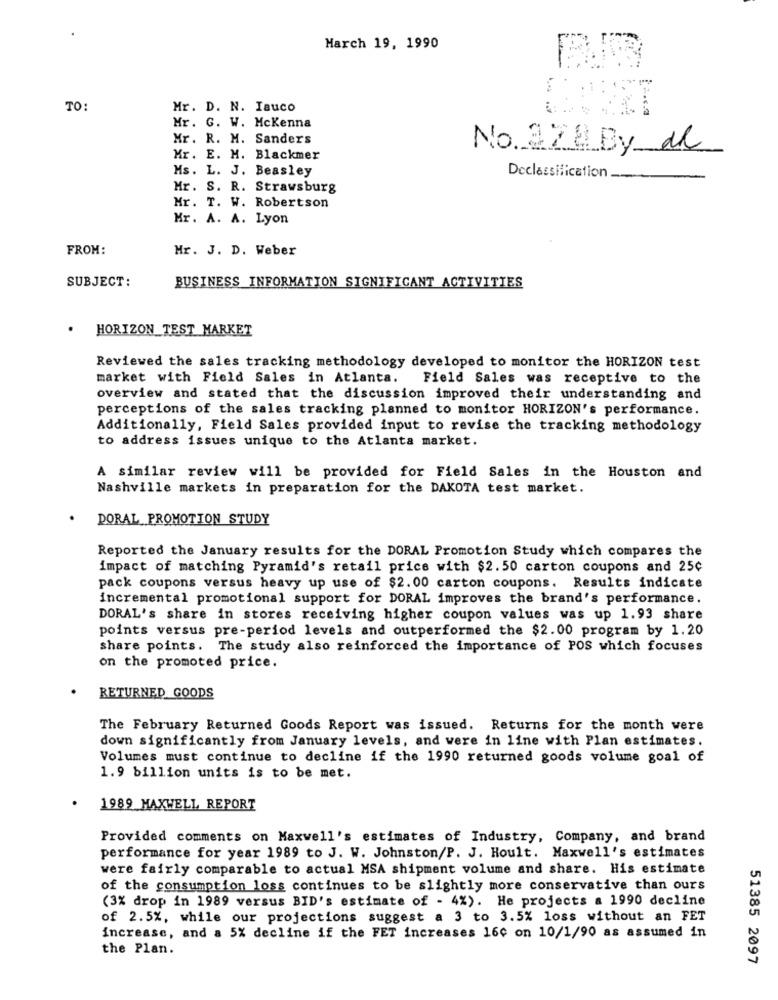
March 19, 1990
TO:
Mr. D. N. Iauco
Mr. G. W. Mckenna
Mr. R. M. Sanders
No 228 By Me
Mr. E. H. Blackmer
Ms. L. J. Beasley
Declassification
Mr. S. R. Strawsburg
Mr. T. W. Robertson
Mr. A. A. Lyon
FROM:
Mr. J. D. Weber
SUBJECT:
BUSINESS INFORMATION SIGNIFICANT ACTIVITIES
HORIZON_TEST MARKET
Reviewed the sales tracking methodology developed to monitor the HORIZON test
market with Field Sales in Atlanta.
Field Sales was receptive to the
overview and stated that the discussion improved their understanding and
perceptions of the sales tracking planned to monitor HORIZON's performance.
Additionally, Field Sales provided input to revise the tracking methodology
to address issues unique to the Atlanta market.
A similar review will be provided for Field Sales in the Houston and
Nashville markets in preparation for the DAKOTA test market.
DORAL PROMOTION STUDY
Reported the January results for the DORAL Promotion Study which compares the
impact of matching Pyramid's retail price with $2.50 carton coupons and 25¢
pack coupons versus heavy up use of $2.00 carton coupons. Results indicate
incremental promotional support for DORAL improves the brand's performance.
DORAL's share in stores receiving higher coupon values was up 1.93 share
points versus pre-period levels and outperformed the $2.00 program by 1.20
share points. The study also reinforced the importance of POS which focuses
on the promoted price.
RETURNED GOODS
The February Returned Goods Report was issued. Returns for the month were
down significantly from January levels, and were in line with Plan estimates.
Volumes must continue to decline if the 1990 returned goods volume goal of
1.9 billion units is to be met.
1989 MAXWELL REPORT
Provided comments on Maxwell's estimates of Industry, Company, and brand
performance for year 1989 to J. W. Johnston/P. J. Hoult. Maxwell's estimates
were fairly comparable to actual MSA shipment volume and share. His estimate
of the consumption loss continues to be slightly more conservative than ours
(3% drop in 1989 versus BID's estimate of - 4%). He projects a 1990 decline
of 2.5%, while our projections suggest a 3 to 3.5% loss without an FET
increase, and a 5% decline if the FET increases 160 on 10/1/90 as assumed in
the Plan.
51385 2097